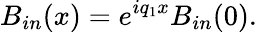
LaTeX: B_{in}(x)=e^{iq_{1}x}B_{in}(0).